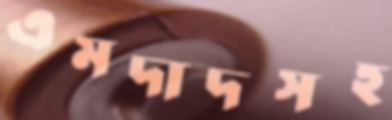
এমদাদসহ